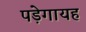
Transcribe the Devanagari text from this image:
पड़ेगायह